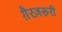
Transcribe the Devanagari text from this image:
ग़ैरज़रूरी